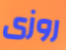
روزى